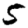
Digit: 5